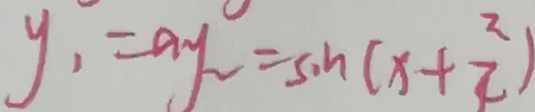
y _ { 1 } = a y _ { 2 } = \sin ( x + \frac { \pi } { 4 } )